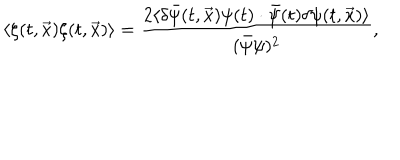
LaTeX: \langle \zeta ( t , \vec { x } ) \zeta ( t , \vec { x } ) \rangle = \frac { 2 \langle \delta \bar { \psi } ( t , \vec { x } ) \psi ( t ) \cdot \bar { \psi } ( t ) \delta \psi ( t , \vec { x } ) \rangle } { ( \bar { \psi } \psi ) ^ { 2 } } ,